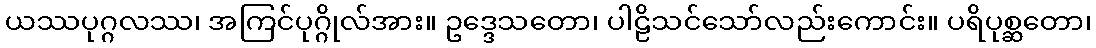
ယဿပုဂ္ဂလဿ၊ အကြင်ပုဂ္ဂိုလ်အား။ ဥဒ္ဒေသတော၊ ပါဠိသင်သော်လည်းကောင်း။ ပရိပုစ္ဆတော၊